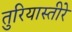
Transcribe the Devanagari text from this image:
तुरियास्तीरे